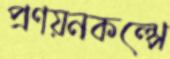
প্রণয়নকল্পে